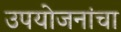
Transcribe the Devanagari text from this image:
उपयोजनांचा